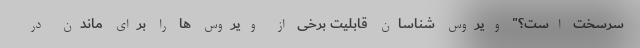
سرسخت است؟" ویروس شناسان قابلیت برخی از ویروس ها را برای ماندن در